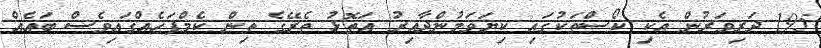
195 ދަރިވަރުން އެކި ކޯސްތަކުގައި ކިޔަވަމުންދާއިރު އަތޮޅު ތެރޭގެ ތިން ކެމްޕަހެއްގައިވެސް ބައެއް